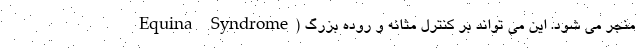
Equina Syndrome) منجر می شود. این می تواند بر کنترل مثانه و روده بزرگ